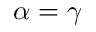
\alpha = \gamma